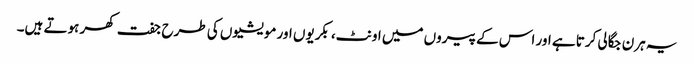
یہ ہرن جگالی کرتا ہے اور اس کے پیروں میں اونٹ، بکریوں اور مویشیوں کی طرح جفت کھر ہوتے ہیں۔